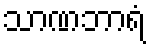
သာဏဘာရံ